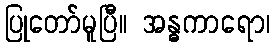
ပြုတော်မူပြီ။ အန္ဓကာရော၊